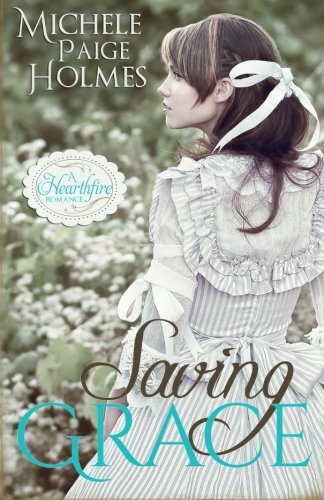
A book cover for Saving Grace (A Hearthfire Romance) (Volume 1); Michele Paige Holmes; Romance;